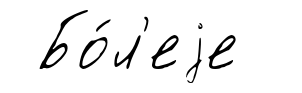
Бо́л'еjе